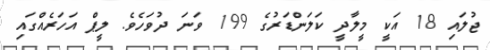
ޖުލައި 18 އަކީ މީލާދީ ކަލަންޑަރުގެ 199 ވަނަ ދުވަހެވެ. ލީޕް އަހަރެއްގައި